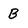
Character: B